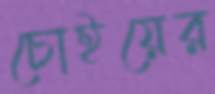
চোইয়ের